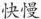
快慢